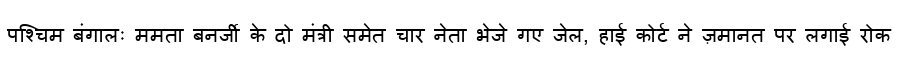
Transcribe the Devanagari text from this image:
पश्चिम बंगालः ममता बनर्जी के दो मंत्री समेत चार नेता भेजे गए जेल, हाई कोर्ट ने ज़मानत पर लगाई रोक